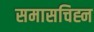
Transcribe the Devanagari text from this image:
समासचिह्न